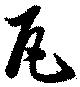
瓦